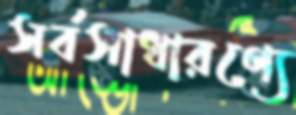
সর্বসাধারণ্যে